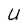
Character: U